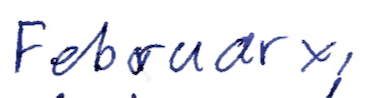
Text: February,
Cross-out: clean
Writing tool: ballpoint